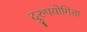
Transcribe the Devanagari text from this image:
दुरुपयोगिता